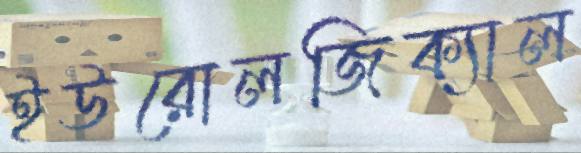
ইউরোলজিক্যাল